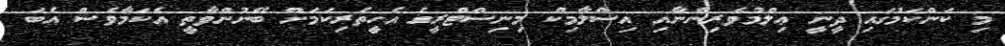
މި ކަންކަމުގައި ދީނީ ޢިލްމުވެރިންނާއި އިސްލާމިކް މިނިސްޓްރީގެ އެހީތެރިކަމަށް ބޭނުންވާތީ އެކަމާވެސް އެބަ